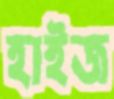
হাইজ